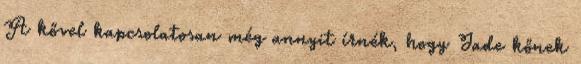
A kővel kapcsolatosan még annyit írnék, hogy Jade kőnek